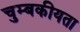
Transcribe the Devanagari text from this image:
चुम्बकीयता